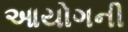
આયોગની